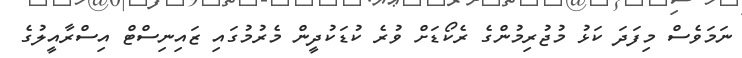
ނަމަވެސް މިފަދަ ކަޅު މުޖުރިމުންގެ ރެކޯޑަށް ވުރެ ކުޑަކުދީން މެރުމުގައި ޒައިނިސްޓް އިސްރާއީލުގެ